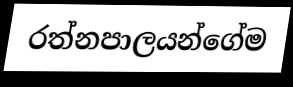
රත්නපාලයන්ගේම